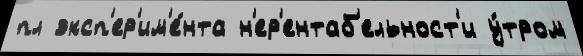
пл эксп'ер'им'е́нта н'ер'ентаб'ельност'и у́тром